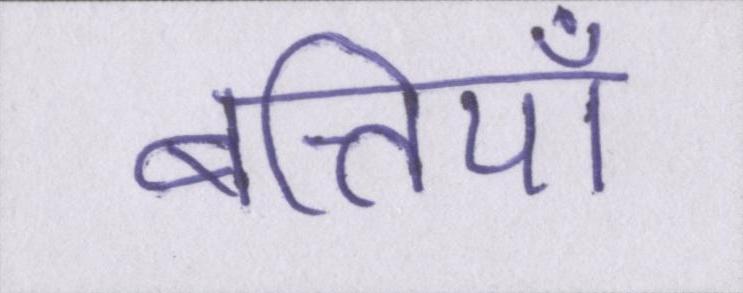
बत्तियाँ